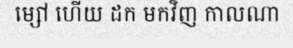
ម្សៅ ហើយ ដក មកវិញ កាលណា